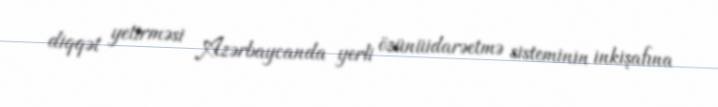
diqqət yetirməsi Azərbaycanda yerli özünüidarəetmə sisteminin inkişafına